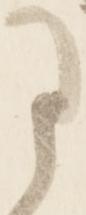
已